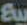
بيع